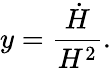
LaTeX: y=\frac{\dot{H}}{H^{2}}.